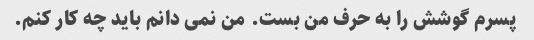
پسرم گوشش را به حرف من بست. من نمی دانم باید چه کار کنم.